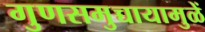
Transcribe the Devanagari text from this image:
गुणसमुच्चायामुळें